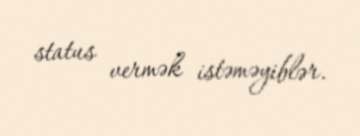
status vermək istəməyiblər.